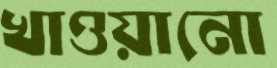
খাওয়ানো